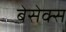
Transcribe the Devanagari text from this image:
बेसेक्स